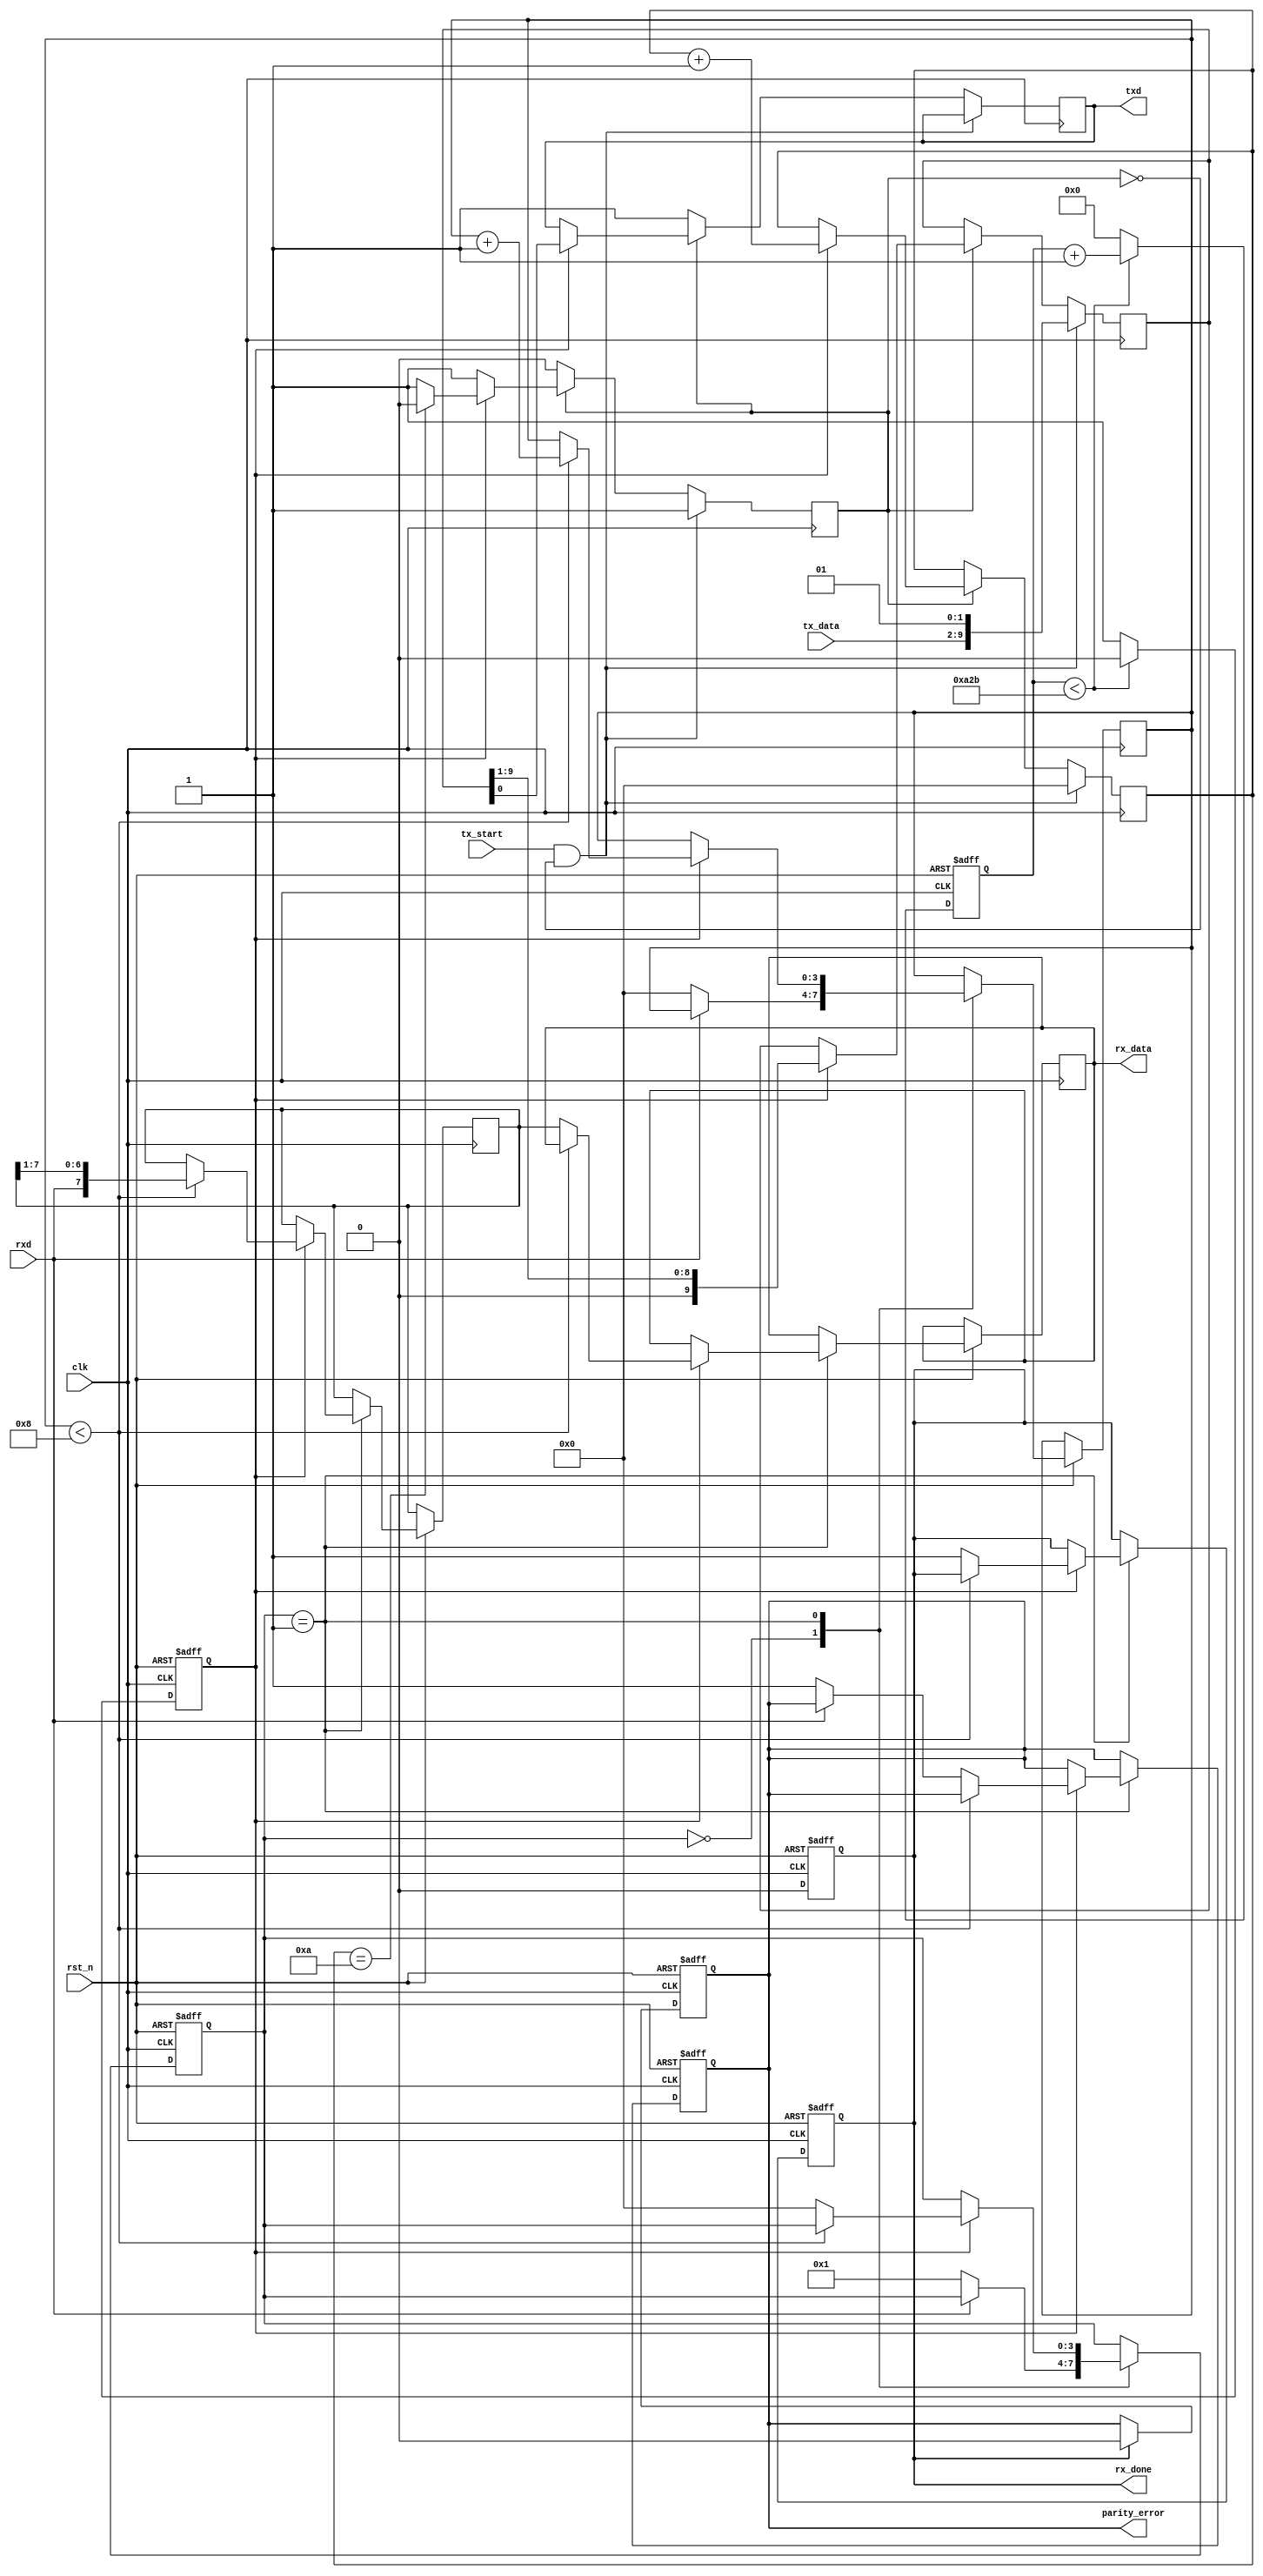
module parameterized_uart
#(
    parameter BAUD_RATE = 9600,
    parameter DATA_BITS = 8,
    parameter STOP_BITS = 1,
    parameter PARITY = "NONE", // Options: "NONE", "EVEN", "ODD"
    parameter CLOCK_FREQ = 50000000 // 50 MHz
)
(
    input wire clk,              // Clock input
    input wire rst_n,            // Active low reset
    input wire tx_start,         // Signal to start transmission
    input wire [DATA_BITS-1:0] tx_data, // Parallel data input for transmission
    output wire txd,             // Serial data output
    input wire rxd,              // Serial data input
    output reg [DATA_BITS-1:0] rx_data, // Parallel data output for reception
    output reg rx_done,          // Reception complete signal
    output reg parity_error      // Parity error signal
);

    // Baud rate generator
    localparam CLOCK_DIV = CLOCK_FREQ / (BAUD_RATE * (STOP_BITS + 1));
    reg [15:0] baud_cnt;
    reg baud_tick;

    always @(posedge clk or negedge rst_n) begin
        if (!rst_n) begin
            baud_cnt <= 0;
            baud_tick <= 0;
        end else begin
            if (baud_cnt < CLOCK_DIV - 1) begin
                baud_cnt <= baud_cnt + 1;
                baud_tick <= 0;
            end else begin
                baud_cnt <= 0;
                baud_tick <= 1;
            end
        end
    end

    // Transmitter State Machine
    reg [3:0] tx_state;
    reg [DATA_BITS+1:0] tx_shift_reg; // +1 for start bit, +1 for stop bit
    reg [3:0] tx_bit_index;
    reg tx_busy;

    always @(posedge clk) begin
        if (tx_start && !tx_busy) begin
            tx_shift_reg <= {1'b1, tx_data, (PARITY == "EVEN" ? ~^tx_data : PARITY == "ODD" ? ^tx_data : 1'b0), {STOP_BITS{1'b1}}}; // Setup TX data
            tx_bit_index <= 0;
            tx_busy <= 1;
            tx_state <= 0;
        end else if (tx_busy) begin
            if (baud_tick) begin
                txd <= tx_shift_reg[0]; // Shift out LSB first
                tx_shift_reg <= {1'b0, tx_shift_reg[DATA_BITS+1:1]}; // Shift left
                tx_bit_index <= tx_bit_index + 1;

                if (tx_bit_index == (DATA_BITS + 1 + STOP_BITS)) begin
                    tx_busy <= 0; // Transmission complete
                end
            end
        end else begin
            txd <= 1; // Idle state
        end
    end

    // Receiver State Machine
    reg [3:0] rx_state;
    reg [DATA_BITS-1:0] rx_shift_reg;
    reg [3:0] rx_bit_index;
    reg rx_sampling;

    always @(posedge clk or negedge rst_n) begin
        if (!rst_n) begin
            rx_state <= 0;
            rx_done <= 0;
            parity_error <= 0;
            rx_sampling <= 0;
        end else begin
            case (rx_state)
                0: begin // Wait for start bit
                    if (!rxd) begin
                        rx_state <= 1; // Detected start bit
                        rx_bit_index <= 0;
                        rx_sampling <= 0;
                    end
                end
                1: begin // Sampling bits
                    if (baud_tick) begin
                        if (rx_bit_index < DATA_BITS) begin
                            rx_shift_reg <= {rxd, rx_shift_reg[DATA_BITS-1:1]};
                            rx_bit_index <= rx_bit_index + 1;
                        end else begin
                            // Process stop bits and parity checking
                            if (rxd != 1'b1) parity_error <= 1; // Framing error if stop bit is not 1
                            if (PARITY == "EVEN" && (^(rx_shift_reg) % 2 != 0)) parity_error <= 1;
                            if (PARITY == "ODD" && (^(rx_shift_reg) % 2 == 0)) parity_error <= 1;

                            rx_data <= rx_shift_reg;
                            rx_done <= 1;
                            rx_state <= 0; // Return to state 0
                        end
                    end
                end
            endcase
        end
    end

    // Resetting the receive done signal
    always @(posedge clk or negedge rst_n) begin
        if (!rst_n) begin
            rx_done <= 0;
            parity_error <= 0;
        end else if (rx_done) begin
            rx_done <= 0; // Clear the done signal
            parity_error <= 0; // Clear the error signal
        end
    end

endmodule